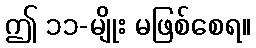
ဤ ၁၁-မျိုး မဖြစ်စေရ။